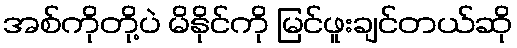
အစ်ကိုတို့ပဲ မိနိုင်ကို မြင်ဖူးချင်တယ်ဆို